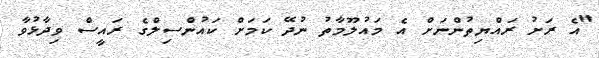
"އެ ރަށު ރައްޔިތުންނަށް އެ މައުލޫމާތު ނުދޭ ކަމަށް ކައުންސިލްގެ ރައީސް ވިދާޅުވާ